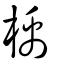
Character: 楀